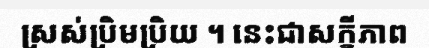
ស្រស់ប្រិមប្រិយ ។ នេះជាសក្ខីភាព